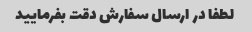
لطفا در ارسال سفارش دقت بفرمایید